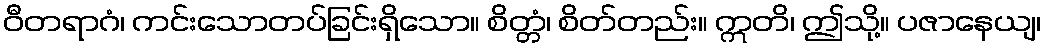
ဝီတရာဂံ၊ ကင်းသောတပ်ခြင်းရှိသော။ စိတ္တံ၊ စိတ်တည်း။ ဣတိ၊ ဤသို့။ ပဇာနေယျ၊